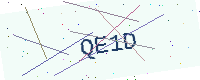
Text: QE1D